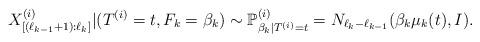
LaTeX: \begin{align*}X_{[(\ell_{k-1}+1):\ell_k]}^{(i)}|(T^{(i)}=t,F_k=\beta_k)\sim \mathbb{P}_{\beta_k|T^{(i)}=t}^{(i)}=N_{\ell_k-\ell_{k-1}}(\beta_k\mu_k(t),I).\end{align*}